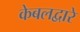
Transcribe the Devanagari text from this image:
केबलद्वारे